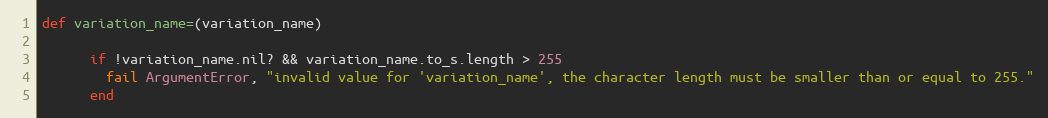
Language: Ruby
def variation_name=(variation_name)

      if !variation_name.nil? && variation_name.to_s.length > 255
        fail ArgumentError, "invalid value for 'variation_name', the character length must be smaller than or equal to 255."
      end